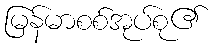
မြန်မာစစ်အုပ်စု၏